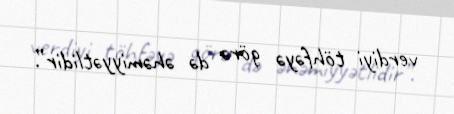
verdiyi töhfəyə görə də əhəmiyyətlidir”.